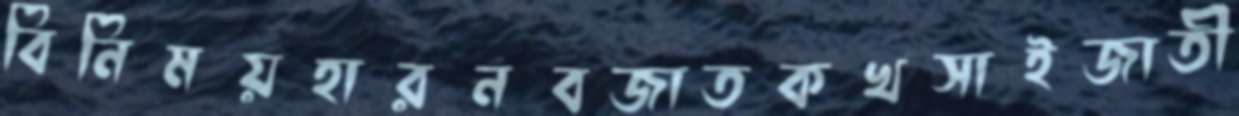
বিনিময়হারনবজাতকখসাইজাতী